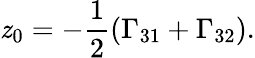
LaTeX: \mathit{z}_{0}=-\frac{{1}}{{2}}(\Gamma_{31}+\Gamma_{32}).